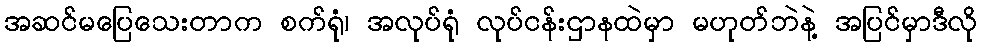
အဆင်မပြေသေးတာက စက်ရုံ၊ အလုပ်ရုံ လုပ်ငန်းဌာနထဲမှာ မဟုတ်ဘဲနဲ့ အပြင်မှာဒီလို